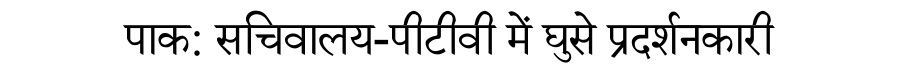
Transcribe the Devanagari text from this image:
पाक: सचिवालय-पीटीवी में घुसे प्रदर्शनकारी